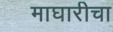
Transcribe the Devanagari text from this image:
माघारीचा